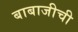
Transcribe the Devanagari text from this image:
बाबाजीची